system: You are a helpful assistant.
user:
Analyze the provided spectrum to determine if it is a **Carbon Star (C-type)**.

- **Key Visual Indicators of Carbon Star:**
    - **(Primary):** Strong molecular absorption from **C₂ (diatomic carbon) "Swan Bands."** This is the **defining feature** of a carbon star.
        - **(Key Bandheads):** Sharp absorption edges are visible at approximately $5635$ Å, $5165$ Å (the strongest band), and $4737$ Å.
        - **(Line Profile):** Creates a distinct **"saw-tooth"** pattern. The key morphology is a sharp, steep bandhead on the **red (long-wavelength) side**, which then gradually tapers off (i.e., flux recovers) towards the **blue (short-wavelength) side**. *(This is the direct opposite of the TiO bands seen in M-type stars)*.

    - **(Secondary):** Intense **CN (cyanogen)** molecular absorption bands.
        - **(Key Bandheads):** Located in the blue and violet regions of the spectrum (e.g., near $4215$ Å and $3883$ Å).
        - **(Morphology):** These bands are extremely broad and act as a "blanket," absorbing the vast majority of blue and violet light. This creates a characteristic **"cliff"** or **"steep drop-off"** in the spectrum's flux at short wavelengths.

    - **(Key Confirmation):** Strong **CH absorption band (G-band)**.
        - **(Key Bandhead):** Located around $4300$ Å. The contribution from CH molecules to this band is exceptionally strong.

    - **(Overall Spectrum):**
        - The continuum is severely "chopped up" by these deep molecular bands, especially C₂, rather than appearing as a smooth curve.
        - Due to the heavy CN and C₂ absorption in the blue-green, the vast majority of the star's flux is concentrated in the red part of the spectrum, giving the star its characteristic deep red color.

Think first, call **spectral_visualization_tool** if needed to examine features in detail, then provide your final answer. Your response must adhere to the following strict rules:
1.  **Overall Structure:** Your response must follow the format `<think>...</think> <tool_call>...</tool_call> (if a tool is used) <answer>...</answer>`.
2.  **Tool Usage Constraint:** You may only make **one** tool call per turn.
3.  **Final Answer Format:** In the `<answer>` tag, your conclusion must be inside a `\boxed{}` command (e.g., `\boxed{YES}`), followed by your justification.

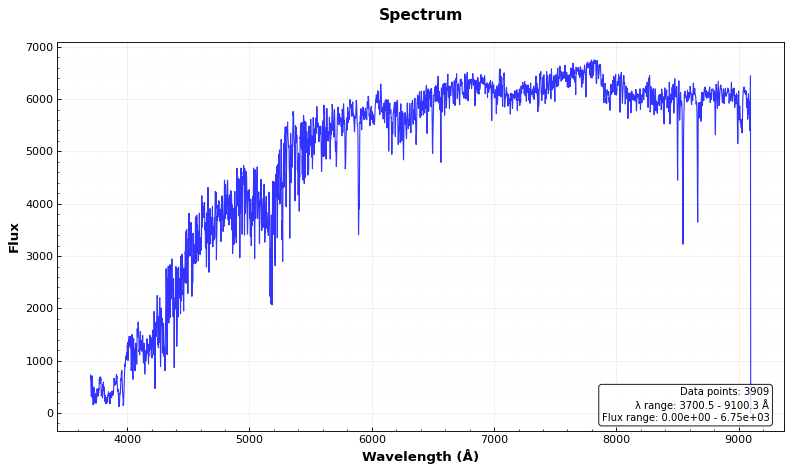
Answer: NO